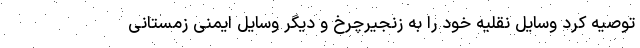
توصیه کرد وسایل نقلیه خود را به زنجیرچرخ و دیگر وسایل ایمنی زمستانی